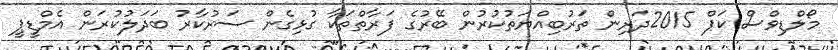
މޯލްޑިވްސް ކަޕް 2015ދަރިން ތަރުބިއްޔަތުކުރުން ބޭރުގެ ފަރާތްތަކާ ގުޅިގެން ސަރުކާރު ބަދަލުކުރަން އެމްޑީޕީ